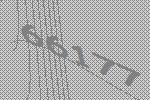
66177